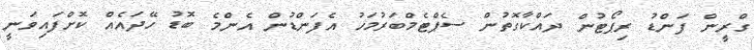
ގްރީން ފަންޑު ރިޕޯޓުން ދައްކާގޮތުން ސެޕްޓެމްބަރުމަހު އެފަންޑުން އެންމެ ބޮޑު ހޭދައެއް ކޮށްފައިވަނީ